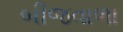
બીજવાળા